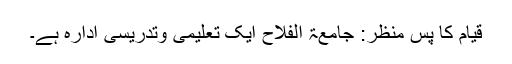
قیام کا پسِ منظر: جامعۃ الفلاح ایک تعلیمی وتدریسی ادارہ ہے۔